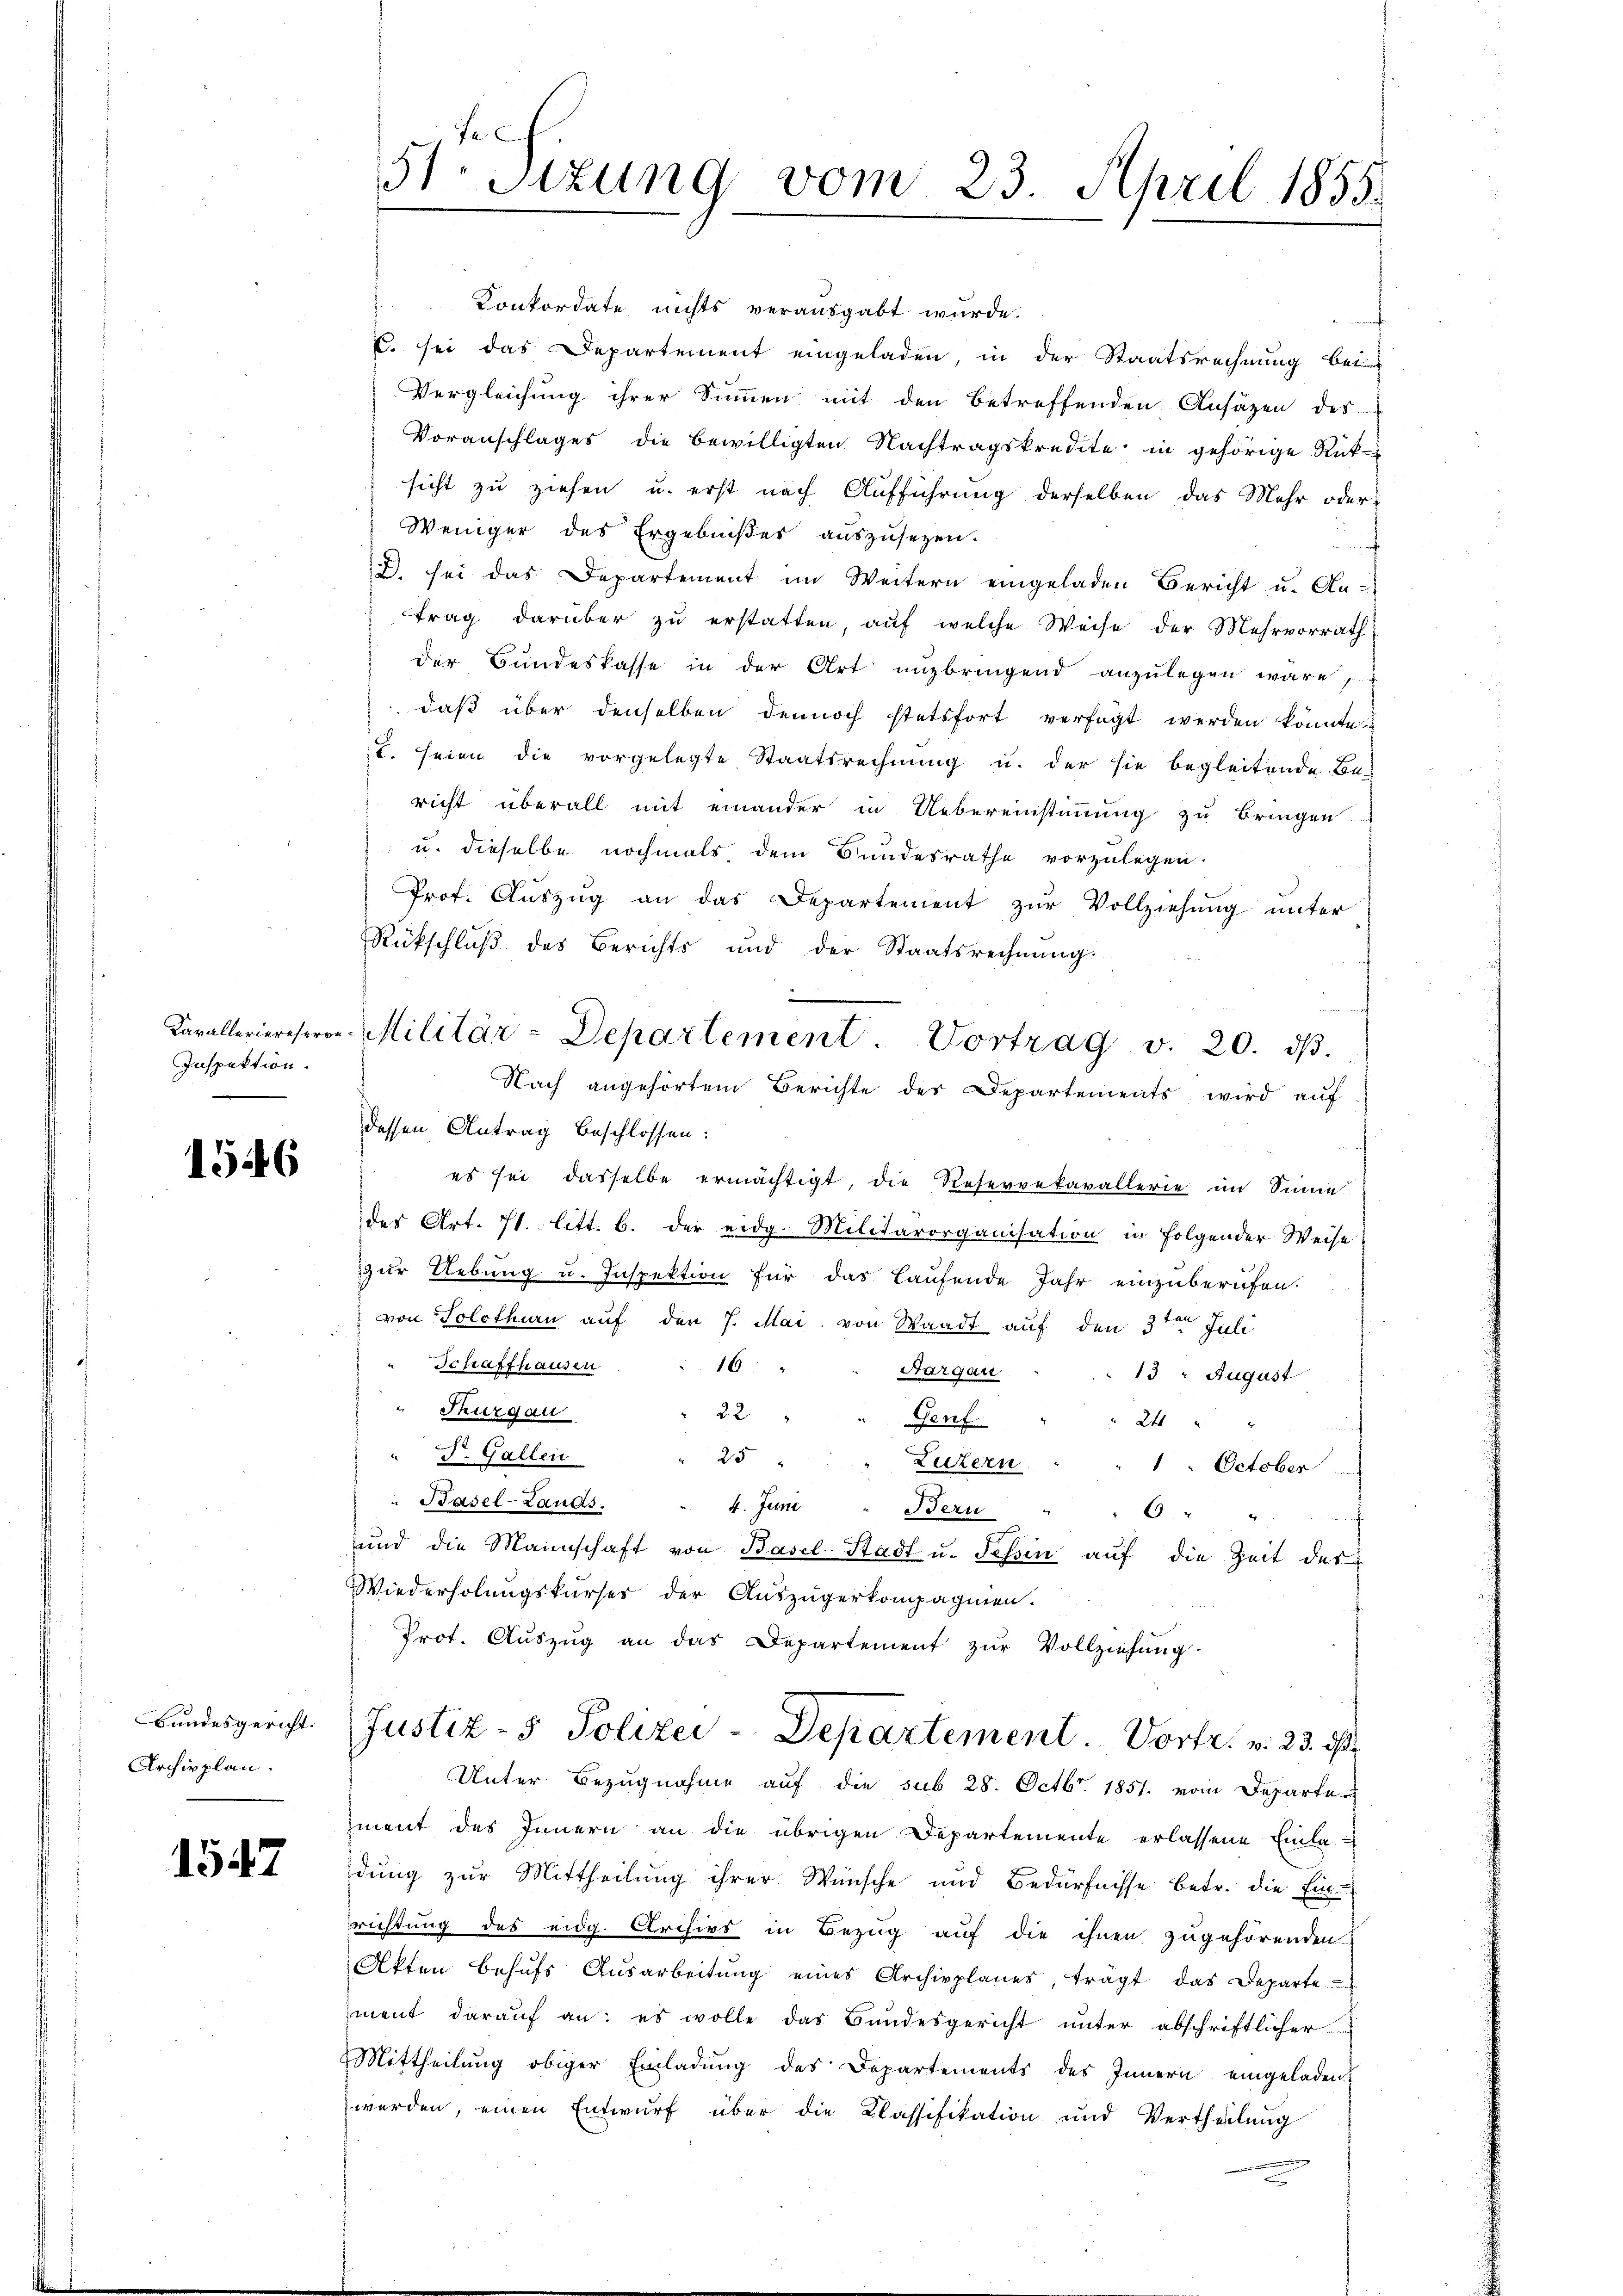
Inspektion.

1546

Bundesgericht.
Archivplan.

1547

1
51. Sitzung vom 23. April 1855.

Konkordate nichts verausgabt wurde.
C. sei das Departement eingeladen, in der Staatsrechnung bei
Vergleichung ihrer Summen mit den betreffenden Ansäzen des
Voranschlages die bewilligten Nachtragskredite in gehörige Rück-
sicht zu ziehen u. erst nach Aufführung derselben das Mehr oder
Weniger des Ergebnißes auszusezen.
B. sei das Departement im Weitern eingeladen Bericht u. An-
trag darüber zu erstatten, auf welche Weise der Mehrvorrath
der Bundeskasse in der Art unzbringend anzulegen wäre,
 daß über denselben dennoch stetsfort verfügt werden könnte.
T. seien die vorgelegte Staatsrechnung u. der sie begleitende Be-
richt überall mit einander in Uebereinstimmung zu bringen.
u. dieselbe nochmals dem Bundesrathe vorzulegen.
Prof. Auszug an das Departement zur Vollziehung unter
Rückschluß des Berichts und der Staatsrechnung.
.
Kavalleriercheren Militär-Departement. Vortrag v. 20. dβ.
Nach angehörtem Berichte des Departements, wird auf
dessen Antrag beschlossen:
 es sei dasselbe ermächtigt, die Reservekavallerie im Sinne
des Art. 71. litt. b. der eidg. Militärorganisation in Folgender Weise
zur Uebung u. Inspektion für das Laufende Jahr einzuberufen.
von Solothurn auf den 7. Mai von Waadt auf den 3ten Juli
Schaffhausen
16
Sargau
13 August
Thurgau
22
24
Genf
" J. Gallen
" 25
Luzern " " " " October
Pasel-Lands. " 4. Juni " Bern
6
f
und die Mannschaft von Basel-Stadt u. Tessin auf die Zeit des
Wiederholungskurses der Auszügerkompagnien.
Prot. Aŭszŭg an das Departement zŭr Vollziehŭng.

Unter Bezugnahme auf die sub 28. Octbr. 1851. vom Departen
zment des Innern an die übrigen Departemente erlassene Einla-
dung zur Mittheilung ihrer Wünsche und Bedürfnisse betr. die Ein-
richtung des eidg. Archivs in Bezug auf die ihnen zugehörenden
Akten behŭfs Ausarbeitŭng eines Archivplanes, trägt das Departe
ment darauf an: es wolle das Bundesgericht unter abschriftlicher
Mittheilŭng obiger Einladŭng des Departements des Innern eingeladen.
werden, einen Entwurf über die Classifikation und Vertheilung

Justiz- & Polizei-Departement. Vortr. v. 23. ds.